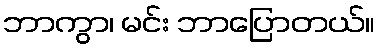
ဘာကွာ၊ မင်း ဘာပြောတယ်။